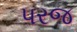
પરજ